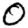
Digit: 0